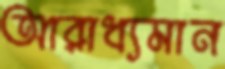
আরাধ্যমান